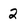
Character: 2